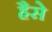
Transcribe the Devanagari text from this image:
हैसे